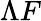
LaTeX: \Lambda F